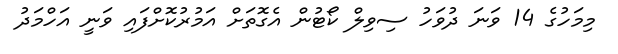
މިމަހުގެ 14 ވަނަ ދުވަހު ސިވިލް ކޯޓުން އެގޮތަށް އަމުރުކޮށްފައި ވަނީ އަހްމަދު